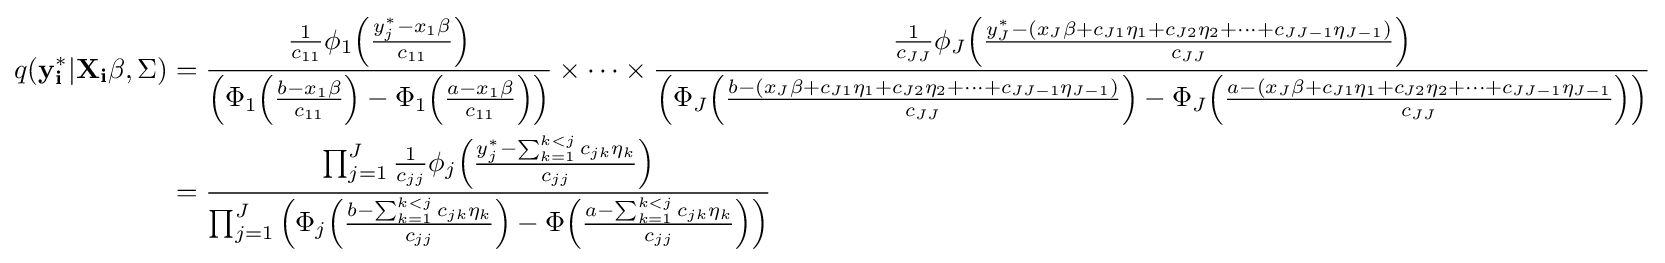
{\begin{aligned}q(\mathbf {y_{i}^{*}} |\mathbf {X_{i}\beta } ,\Sigma )&={\frac {{\frac {1}{c_{11}}}\phi _{1}{\Big (}{\frac {y_{j}^{*}-x_{1}\beta }{c_{11}}}{\Big )}}{{\Big (}\Phi _{1}{\Big (}{\frac {b-x_{1}\beta }{c_{11}}}{\Big )}-\Phi _{1}{\Big (}{\frac {a-x_{1}\beta }{c_{11}}}{\Big )}{\Big )}}}\times \dots \times {\frac {{\frac {1}{c_{JJ}}}\phi _{J}{\Big (}{\frac {y_{J}^{*}-(x_{J}\beta +c_{J1}\eta _{1}+c_{J2}\eta _{2}+\dots +c_{JJ-1}\eta _{J-1})}{c_{JJ}}}{\Big )}}{{\Big (}\Phi _{J}{\Big (}{\frac {b-(x_{J}\beta +c_{J1}\eta _{1}+c_{J2}\eta _{2}+\dots +c_{JJ-1}\eta _{J-1})}{c_{JJ}}}{\Big )}-\Phi _{J}{\Big (}{\frac {a-(x_{J}\beta +c_{J1}\eta _{1}+c_{J2}\eta _{2}+\dots +c_{JJ-1}\eta _{J-1}}{c_{JJ}}}{\Big )}{\Big )}}}\\&={\frac {\prod _{j=1}^{J}{\frac {1}{c_{jj}}}\phi _{j}{\Big (}{\frac {y_{j}^{*}-\sum _{k=1}^{k<j}c_{jk}\eta _{k}}{c_{jj}}}{\Big )}}{\prod _{j=1}^{J}{\Big (}\Phi _{j}{\Big (}{\frac {b-\sum _{k=1}^{k<j}c_{jk}\eta _{k}}{c_{jj}}}{\Big )}-\Phi {\Big (}{\frac {a-\sum _{k=1}^{k<j}c_{jk}\eta _{k}}{c_{jj}}}{\Big )}{\Big )}}}\end{aligned}}